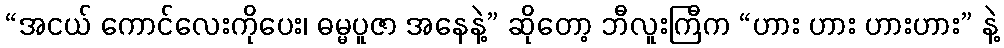
“အငယ် ကောင်လေးကိုပေး၊ ဓမ္မပူဇာ အနေနဲ့” ဆိုတော့ ဘီလူးကြီက “ဟား ဟား ဟားဟား” နဲ့